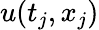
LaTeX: u(t_{j},x_{j})